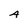
Character: A